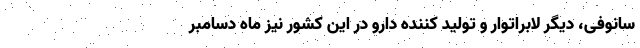
سانوفی، دیگر لابراتوار و تولید کننده دارو در این کشور نیز ماه دسامبر